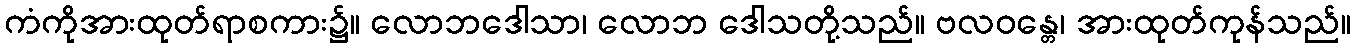
ကံကိုအားထုတ်ရာစကား၌။ လောဘဒေါသာ၊ လောဘ ဒေါသတို့သည်။ ဗလဝန္တေ၊ အားထုတ်ကုန်သည်။